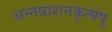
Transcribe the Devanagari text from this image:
अन्नप्राशनकृत्येषु